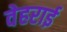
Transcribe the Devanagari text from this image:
वेहराई